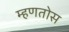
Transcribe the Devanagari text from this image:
म्हणतोस